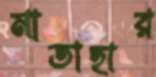
মাতাহার